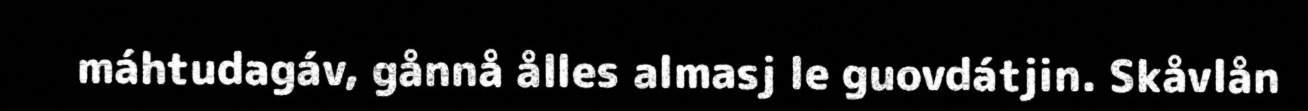
máhtudagáv, gånnå ålles almasj le guovdátjin. Skåvlån